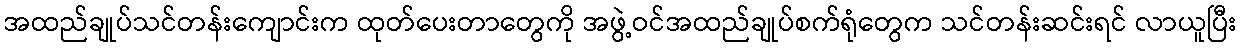
အထည်ချုပ်သင်တန်းကျောင်းက ထုတ်ပေးတာတွေကို အဖွဲ့ဝင်အထည်ချုပ်စက်ရုံတွေက သင်တန်းဆင်းရင် လာယူပြီး